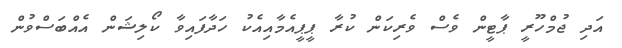
އަދި ޖުމްހޫރީ ޕާޓީން ވެސް ވެރިކަން ކުރާ ޕީޕީއެމާއިއެކު ހަދާފައިވާ ކޯލިޝަން އެއްބަސްވުން